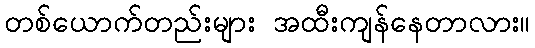
တစ်ယောက်တည်းများ အထီးကျန်နေတာလား။